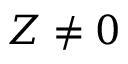
Z \neq 0